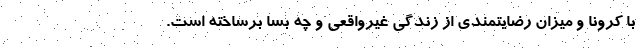
با کرونا و میزان رضایتمندی از زندگی غیرواقعی و چه بسا برساخته است.